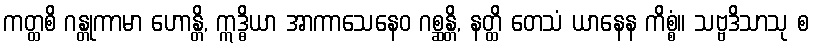
ကတ္ထစိ ဂန္တုကာမာ ဟောန္တိ, ဣဒ္ဓိယာ အာကာသေနေဝ ဂစ္ဆန္တိ, နတ္ထိ တေသံ ယာနေန ကိစ္စံ။ သဗ္ဗဒိသာသု စ